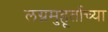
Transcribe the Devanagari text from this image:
लग्नमुहूर्ताच्या